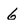
Character: 6